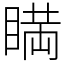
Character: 𥈞